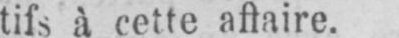
tifs à cette affaire.